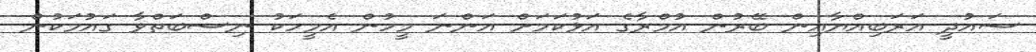
ސައުދީ އަރަބިއްޔާއިން ބޭރުން އުމްރާގެ އަޅުކަމަށް އަންނަ މީހުން އެމީހަކު ނިސްބަތްވާ ގައުމަކުން